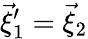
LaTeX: \vec{\xi}_{1}^{\prime}=\vec{\xi}_{2}